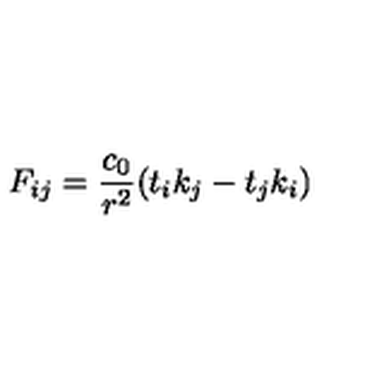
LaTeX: F _ { i j } = { \frac { c _ { 0 } } { r ^ { 2 } } } ( t _ { i } k _ { j } - t _ { j } k _ { i } )